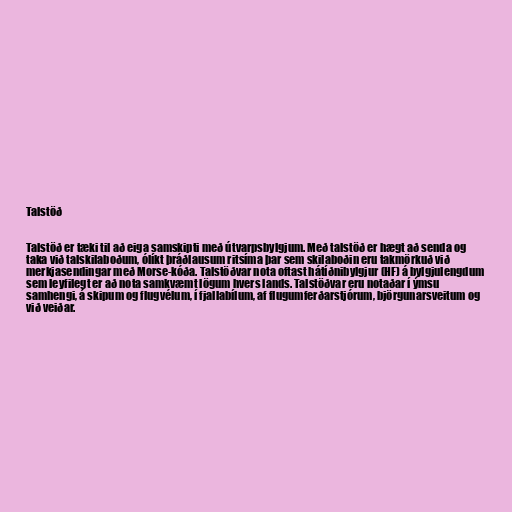
Talstöð

Talstöð er tæki til að eiga samskipti með útvarpsbylgjum. Með talstöð er hægt að senda og
taka við talskilaboðum, ólíkt þráðlausum ritsíma þar sem skilaboðin eru takmörkuð við
merkjasendingar með Morse-kóða. Talstöðvar nota oftast hátíðnibylgjur (HF) á bylgjulengdum
sem leyfilegt er að nota samkvæmt lögum hvers lands. Talstöðvar eru notaðar í ýmsu
samhengi, á skipum og flugvélum, í fjallabílum, af flugumferðarstjórum, björgunarsveitum og
við veiðar.